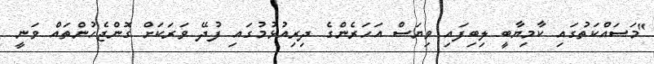
"މަސައްކަތުގައި ކާމިޔާބީ ލިބިފައި ވިޔަސް އަހަރެންގެ ދިރިއުޅުމުގައި ފުދޭ ވަރަކަށް ގޮންޖެހުންތައް ވަނީ